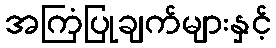
အကြံပြုချက်များနှင့်